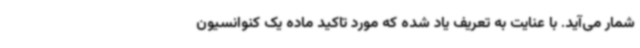
شمار می‌آید. با عنایت به تعریف یاد شده که مورد تاکید ماده یک کنوانسیون